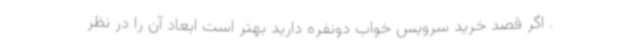
. اگر قصد خرید سرویس خواب دونفره دارید بهتر است ابعاد آن را در نظر